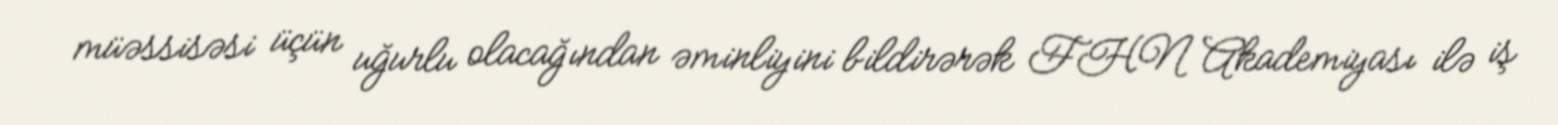
müəssisəsi üçün uğurlu olacağından əminliyini bildirərək FHN Akademiyası ilə iş